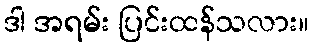
ဒါ အရမ်း ပြင်းထန်သလား။